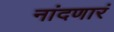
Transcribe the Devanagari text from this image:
नांदणारं